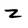
Character: Z